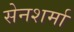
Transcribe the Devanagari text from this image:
सेनशर्मा